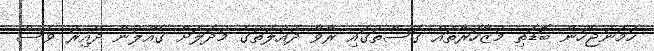
ހަމަނުޖެހުން ބޮޑަތި މުޒާހަރާތައް ގަސްތުގައި ރާވާ ދައުލަތުގެ މުދަލަށް ގެއްލުން ދޭއިރު ވެސް